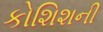
કોશિશની